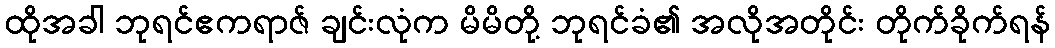
ထိုအခါ ဘုရင်ဧကရာဇ် ချင်းလုံက မိမိတို့ ဘုရင်ခံ၏ အလိုအတိုင်း တိုက်ခိုက်ရန်